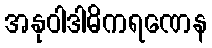
အနုဝါဒါဓိကရဏေန